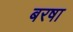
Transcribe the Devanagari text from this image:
बरषा